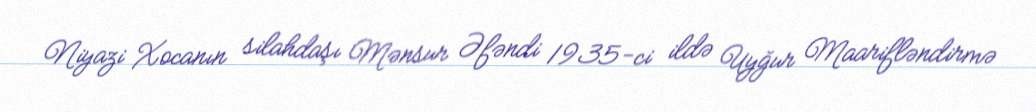
Niyazi Xocanın silahdaşı Mənsur Əfəndi 1935-ci ildə Uyğur Maarifləndirmə